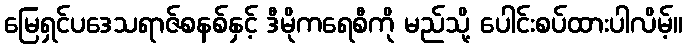
မြေရှင်ပဒေသရာဇ်စနစ်နှင့် ဒီမိုကရေစီကို မည်သို့ ပေါင်းစပ်ထားပါလိမ့်။